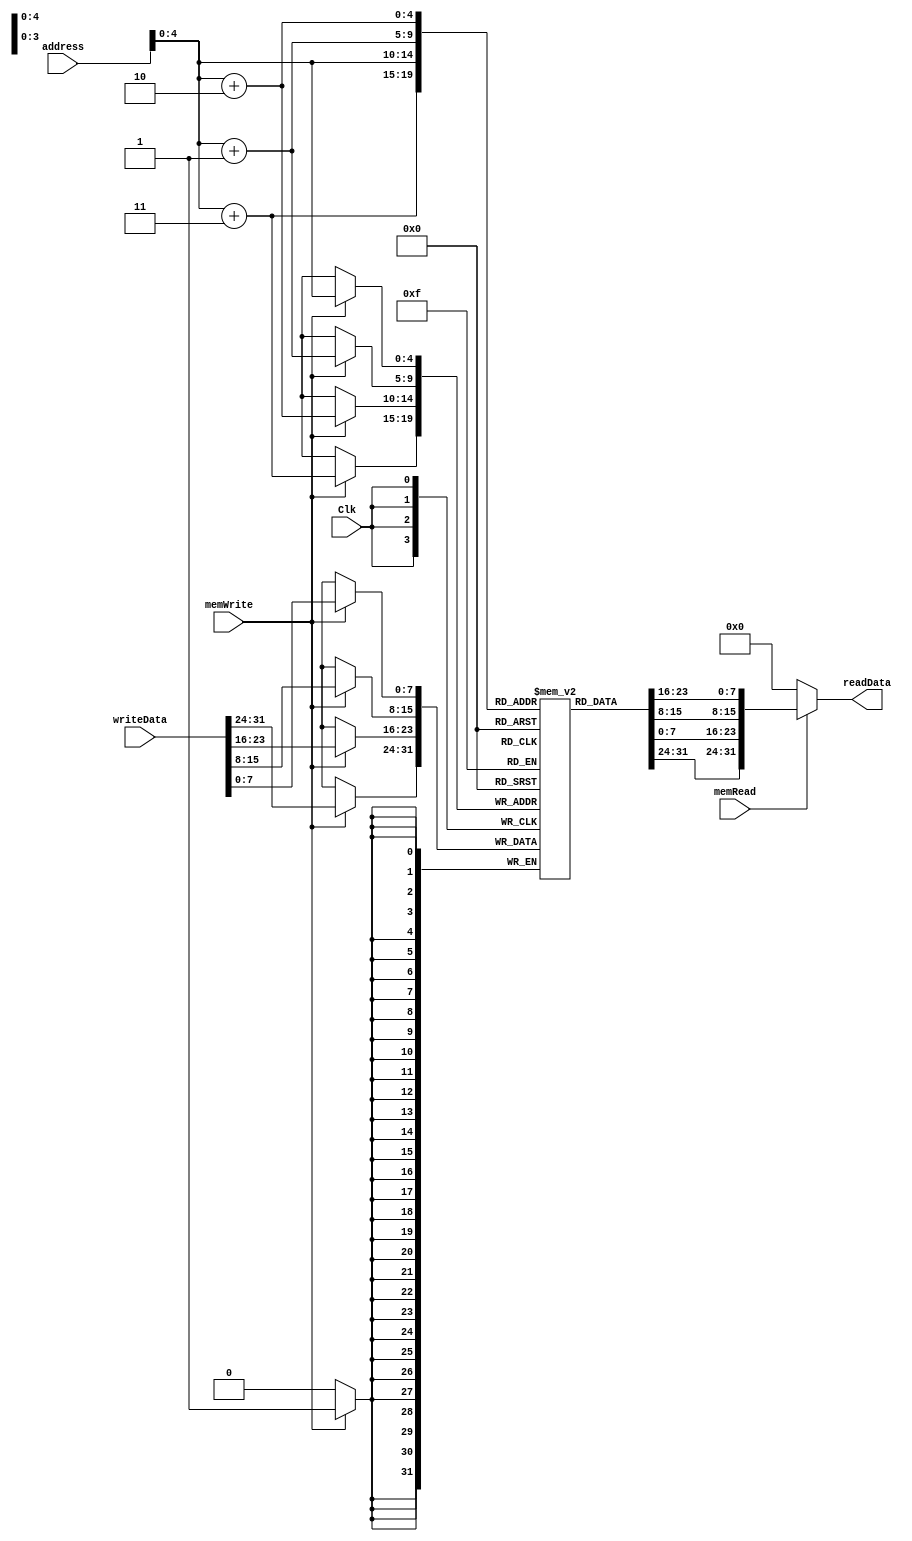
module DataMemory(
    input Clk,
    input [31:0] address,
    input [31:0] writeData,
    input memWrite,
    input memRead,
    output [31:0] readData
    );
    
    reg [7:0] memFile[0:31];
    reg [31:0] readData;
    
    always @ (address or memRead)
    begin
        if (memRead)
            readData = {memFile[address+3], memFile[address+2], memFile[address+1], memFile[address]};
        else
            readData = 0;
    end        
    
    always @ (negedge Clk)
    begin
        if (memWrite)
        begin
            memFile[address] <= writeData[7:0];
            memFile[address+1] <= writeData[15:8];
            memFile[address+2] <= writeData[23:16];
            memFile[address+3] <= writeData[31:24];
        end
    end
        
endmodule